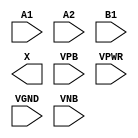
module sky130_fd_sc_ls__a21o (
    //# {{data|Data Signals}}
    input  A1  ,
    input  A2  ,
    input  B1  ,
    output X   ,

    //# {{power|Power}}
    input  VPB ,
    input  VPWR,
    input  VGND,
    input  VNB
);
endmodule